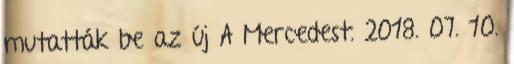
mutatták be az új A Mercedest. 2018. 07. 10.